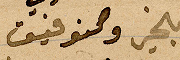
بخير وتوفيق